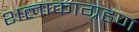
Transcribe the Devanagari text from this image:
शलाकाग्रहण